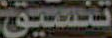
تنسيق